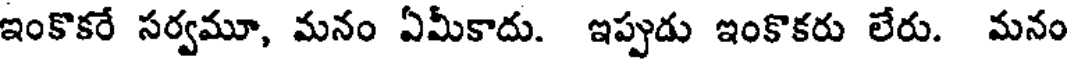
ఇంకొకరే సర్వమూ, మనం ఏమీకాదు. ఇప్పుడు ఇంకొకరు లేరు. మనం